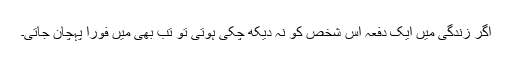
اگر زندگی میں ایک دفعہ اس شخص کو نہ دیکھ چکی ہوتی تو تب بھی میں فوراً پہچان جاتی۔